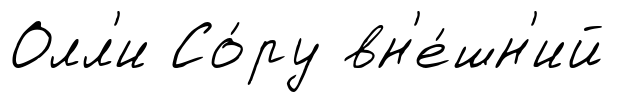
Олл'и Со́ру вн'е́шн'ий